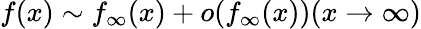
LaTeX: f(x)\sim f_{\infty}(x)+o(f_{\infty}(x))(x\rightarrow\infty)